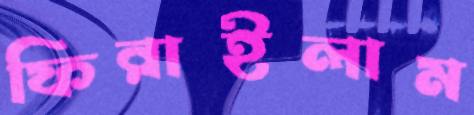
ফিরাইলাম